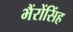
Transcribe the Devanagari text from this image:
भैंरोंसिंह